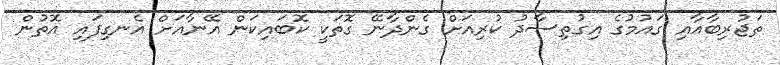
ތަޖުރިބާއާއި ގައުމުގެ އިގުތިސާދު ކުރިއަށް ގެންދާނޭ ގޮތަކީ ކޮބައިކަން އޭނާއަށް އެނގިފައި އޮތުން